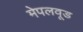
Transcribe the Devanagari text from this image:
मेपलवूड